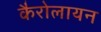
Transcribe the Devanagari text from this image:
कैरोलायन